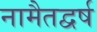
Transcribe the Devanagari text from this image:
नामैतद्वर्ष